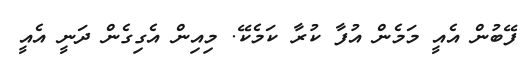
ފޭބުން އެއީ މަމެން އުފާ ކުރާ ކަމެކޭ. މިއިން އެގިގެން ދަނީ އެއީ